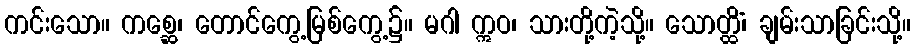
ကင်းသော။ ကစ္ဆေ၊ တောင်ကွေ့မြစ်ကွေ့၌။ မဂါ ဣဝ၊ သားတို့ကဲ့သို့။ သောတ္ထိံ၊ ချမ်းသာခြင်းသို့။